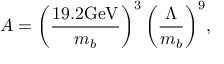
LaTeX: A = \biggl ( { \frac { 1 9 . 2 \mathrm { G e V } } { m _ { b } } } \biggr ) ^ { 3 } \, \biggl ( { \frac { \Lambda } { m _ { b } } } \biggr ) ^ { 9 } ,